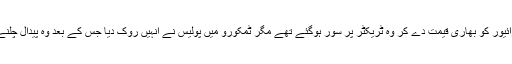
بتایا جاتا ہے کہ ڈرائیور کو بھاری قیمت دے کر وہ ٹریکٹر پر سور ہوگئے تھے مگر ٹمکورو میں پولیس نے انہیں روک دیا جس کے بعد وہ پیدال چلنے پر مجبور ہوگئے۔